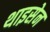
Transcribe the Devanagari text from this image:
थाइसेन